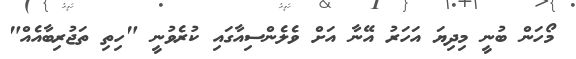
މޯހަން ބުނީ މިދިޔަ އަހަރު އޭނާ އަށް ވެލެންސިއާގައި ކުރެވުނީ "ހިތި ތަޖުރިބާއެއް"